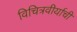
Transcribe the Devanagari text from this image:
विचित्रवीर्याची